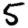
Digit: 5